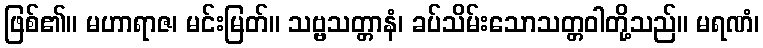
ဖြစ်၏။ မဟာရာဇ၊ မင်းမြတ်။ သဗ္ဗသတ္တာနံ၊ ခပ်သိမ်းသောသတ္တဝါတို့သည်။ မရဏံ၊